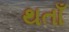
થતાઁ